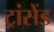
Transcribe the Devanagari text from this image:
ट्रांसेंड